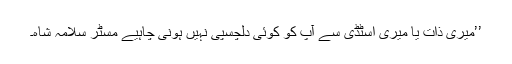
’’میری ذات یا میری اسٹڈی سے آپ کو کوئی دلچسپی نہیں ہونی چاہیے مسٹر سلامہ شاہ۔